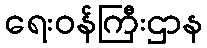
ရေးဝန်ကြီးဌာန